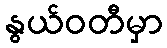
နွယ်ဝတီမှာ